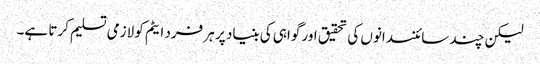
لیکن چند سائنسدانوں کی تحقیق اور گواہی کی بنیاد پر ہر فرد ایٹم کو لازمی تسلیم کرتا ہے۔